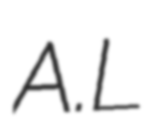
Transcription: A.L